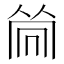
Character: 𠕞